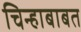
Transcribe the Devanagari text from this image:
चिन्हाबाबत